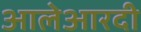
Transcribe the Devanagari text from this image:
आलेआरदी